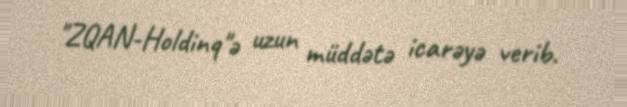
"ZQAN-Holdinq"ə uzun müddətə icarəyə verib.